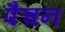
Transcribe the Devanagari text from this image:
पैचन